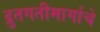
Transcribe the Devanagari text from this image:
द्रुतगतीमार्गाचे